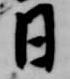
日